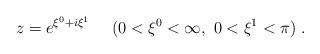
LaTeX: \begin{align*}z = e^{\xi^0 + i \xi^1} \ \ \ \ (0<\xi^0<\infty , \ 0<\xi^1<\pi) \ .\end{align*}